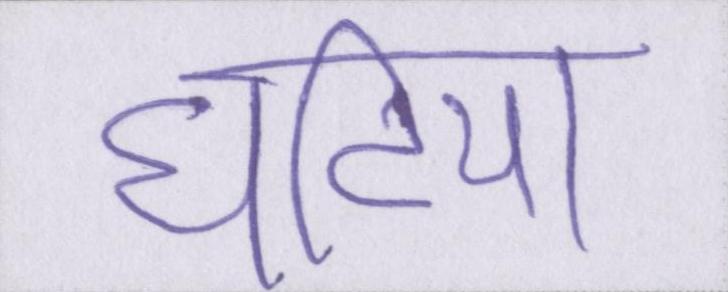
घटिया